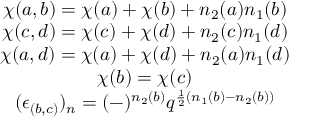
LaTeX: \begin{array} { c } { { \chi ( a , b ) = \chi ( a ) + \chi ( b ) + n _ { 2 } ( a ) n _ { 1 } ( b ) } } \\ { { \chi ( c , d ) = \chi ( c ) + \chi ( d ) + n _ { 2 } ( c ) n _ { 1 } ( d ) } } \\ { { \chi ( a , d ) = \chi ( a ) + \chi ( d ) + n _ { 2 } ( a ) n _ { 1 } ( d ) } } \\ { { \chi ( b ) = \chi ( c ) } } \\ { { ( \epsilon _ { ( b , c ) } ) _ { n } = ( - ) ^ { n _ { 2 } ( b ) } q ^ { \frac { 1 } { 2 } ( n _ { 1 } ( b ) - n _ { 2 } ( b ) ) } } } \end{array}